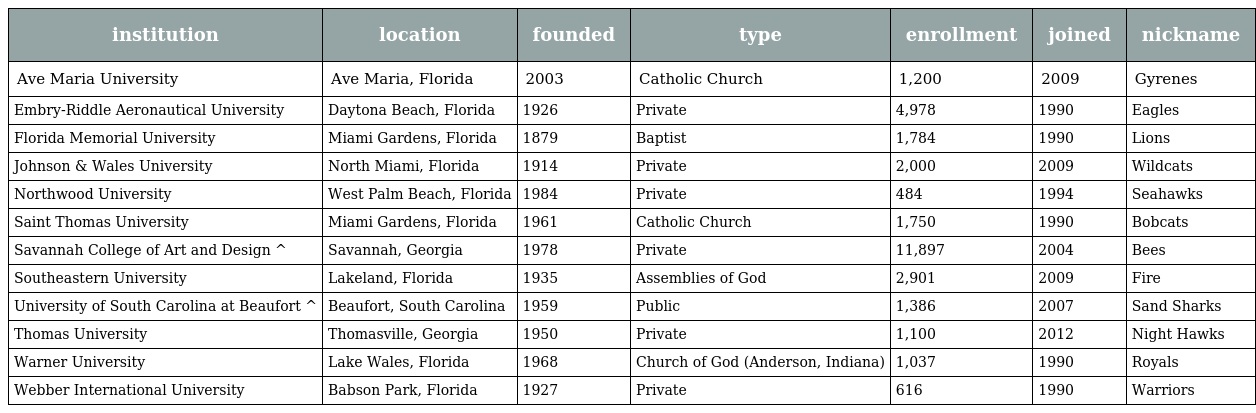
| institution | location | founded | type | enrollment | joined | nickname |
 | --- | --- | --- | --- | --- | --- | --- |
 | Ave Maria University | Ave Maria, Florida | 2003 | Catholic Church | 1,200 | 2009 | Gyrenes |
 | Embry-Riddle Aeronautical University | Daytona Beach, Florida | 1926 | Private | 4,978 | 1990 | Eagles |
 | Florida Memorial University | Miami Gardens, Florida | 1879 | Baptist | 1,784 | 1990 | Lions |
 | Johnson & Wales University | North Miami, Florida | 1914 | Private | 2,000 | 2009 | Wildcats |
 | Northwood University | West Palm Beach, Florida | 1984 | Private | 484 | 1994 | Seahawks |
 | Saint Thomas University | Miami Gardens, Florida | 1961 | Catholic Church | 1,750 | 1990 | Bobcats |
 | Savannah College of Art and Design ^ | Savannah, Georgia | 1978 | Private | 11,897 | 2004 | Bees |
 | Southeastern University | Lakeland, Florida | 1935 | Assemblies of God | 2,901 | 2009 | Fire |
 | University of South Carolina at Beaufort ^ | Beaufort, South Carolina | 1959 | Public | 1,386 | 2007 | Sand Sharks |
 | Thomas University | Thomasville, Georgia | 1950 | Private | 1,100 | 2012 | Night Hawks |
 | Warner University | Lake Wales, Florida | 1968 | Church of God (Anderson, Indiana) | 1,037 | 1990 | Royals |
 | Webber International University | Babson Park, Florida | 1927 | Private | 616 | 1990 | Warriors |